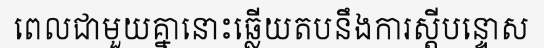
ពេលជាមួយគ្នានោះឆ្លើយតបនឹងការស្តីបន្ទោស